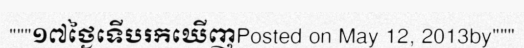
"""១៧ថ្ងៃទើបរកឃើញPosted on May 12, 2013by"""